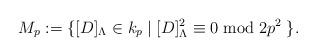
LaTeX: \begin{align*}M_p:=\{ [D]_\Lambda \in k_p \; | \; [D]_\Lambda ^2 \equiv 0 \bmod 2p^2 \; \}.\end{align*}